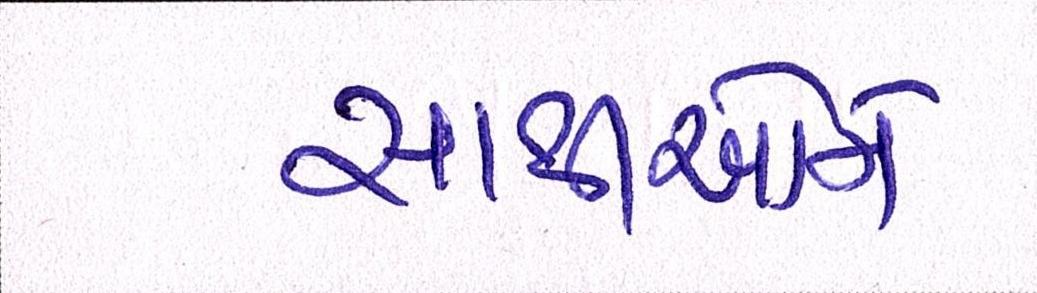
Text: સાથીઓને